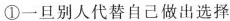
①一旦别人代替自己做出选择